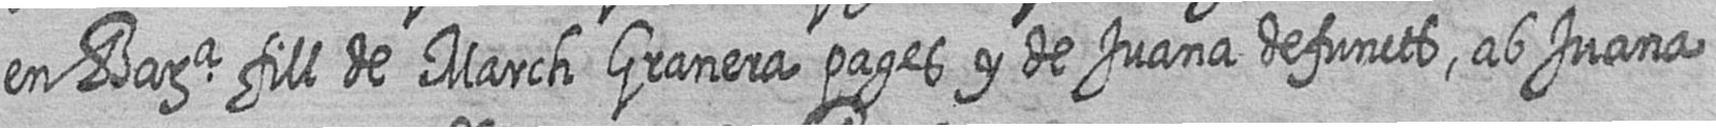
en Bara fill de March Granera pages y de Juana defuncts ab Juana